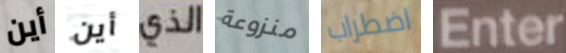
أين أين الذي منزوعة اضطراب Enter